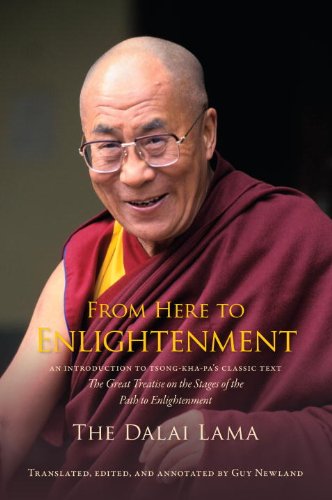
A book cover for From Here to Enlightenment: An Introduction to Tsong-kha-pa's Classic Text The Great Treatise of the Stages of the Path to Enlightenment; H.H. the Dalai Lama; Religion & Spirituality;